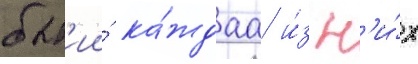
быт'ии́ ка́ждаа и́з н'и́х